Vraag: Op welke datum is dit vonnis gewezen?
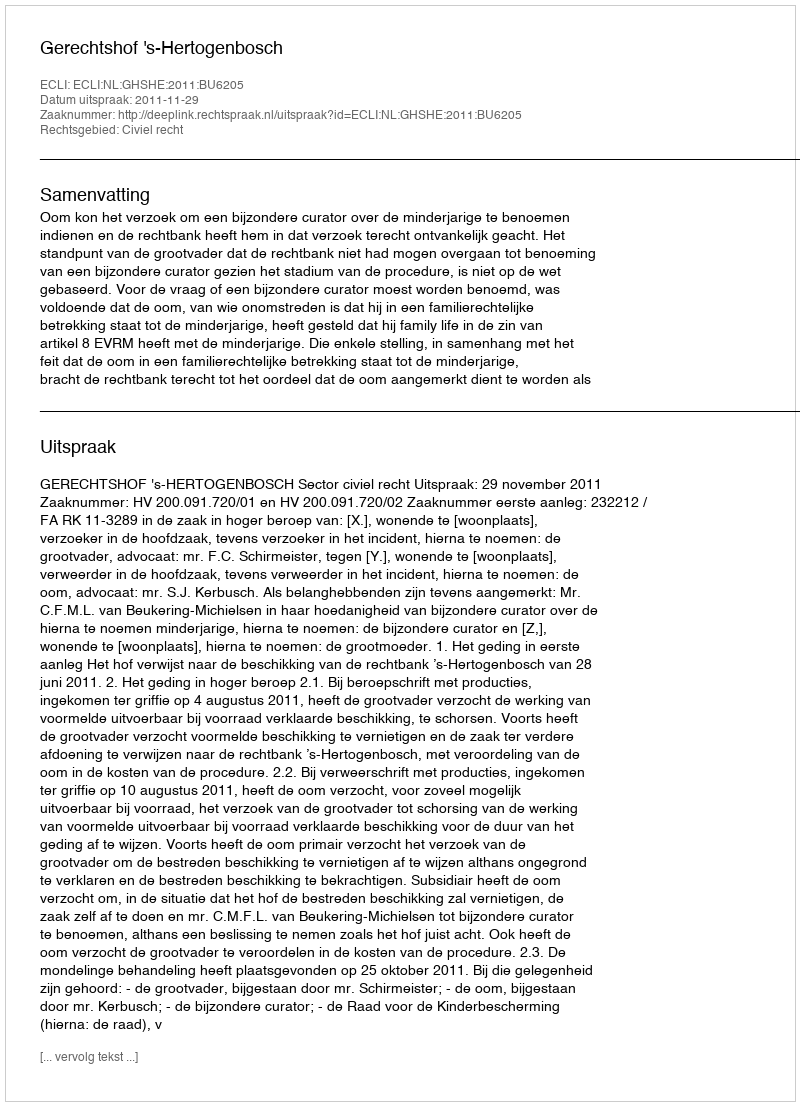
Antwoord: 2011-11-29